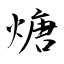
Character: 煻